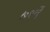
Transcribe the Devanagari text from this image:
७१वें